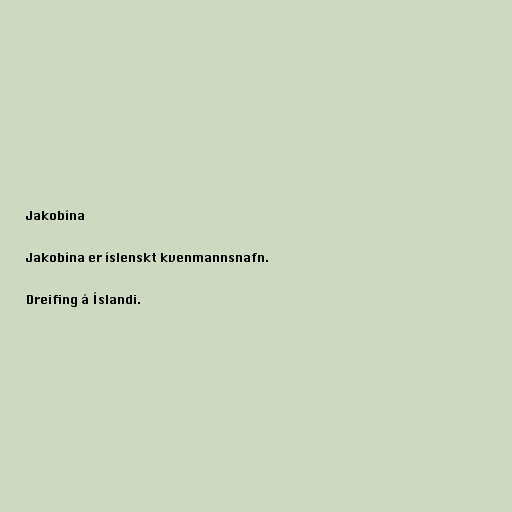
Jakobína

Jakobína er íslenskt kvenmannsnafn.

Dreifing á Íslandi.